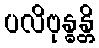
ပလိဗုန္ဓန္တိ